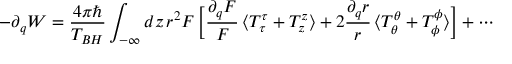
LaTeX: - \partial _ { q } W = \frac { 4 \pi \hbar } { T _ { B H } } \int _ { - \infty } d z \, r ^ { 2 } F \, \biggl [ \frac { \partial _ { q } F } { F } \, \langle T _ { \tau } ^ { \tau } + T _ { z } ^ { z } \rangle + 2 \frac { \partial _ { q } r } { r } \, \langle T _ { \theta } ^ { \theta } + T _ { \phi } ^ { \phi } \rangle \biggr ] + \cdots